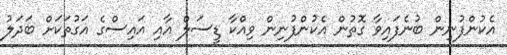
އެކުންފުނިން ބުނެފައިވާ ގޮތުން އެކުންފުނިން ވިއްކާ ޑީސަލް އާއި އައިސްގެ އަގުތަކަށް ބަދަލު